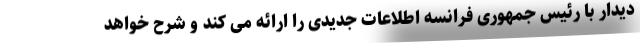
دیدار با رئیس جمهوری فرانسه اطلاعات جدیدی را ارائه می کند و شرح خواهد